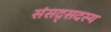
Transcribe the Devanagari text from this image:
संसद्सदस्य